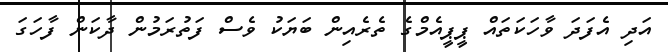
އަދި އެފަދަ ވާހަކަތައް ޕީޕީއެމްގެ ތެރެއިން ބަޔަކު ވެސް ފަތުރަމުން ދާކަން ފާހަގަ